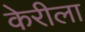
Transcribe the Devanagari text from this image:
केरीला